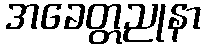
အခေတ္တညုနာ